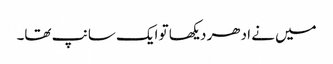
میں نے ادھر دیکھا تو ایک سانپ تھا۔